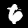
Digit: 6